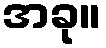
အခု။